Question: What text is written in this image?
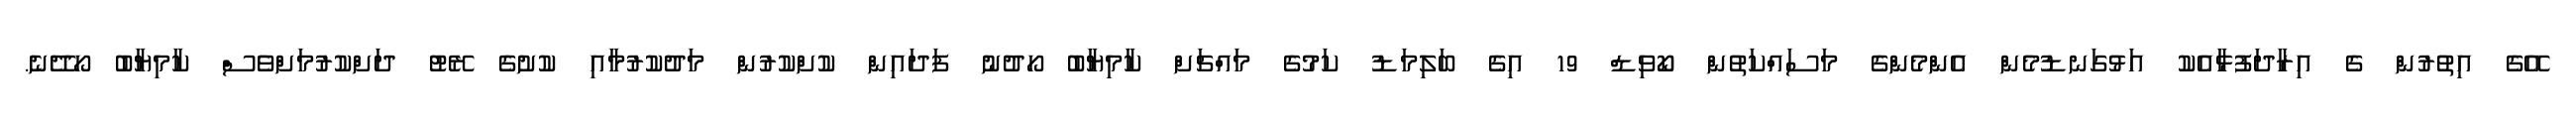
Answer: އޭގެ އިތުރުން ގެ އިރާދަފުޅާއެކު އަޅުގަނޑުމެން އެންމެންގެ މަސައްކަތުން ކޯވިޑް 19 އިގެ ބަލިމަޑު ކަމުގެ މައްޗަށް ކާމިޔާބު ހޯދުނު ފަދައިން ކުށްކުރުން މަދުކުރުމާއި ކުށުގެ ރޭޓު ދަށްކުރުމަށްވެސް ކާމިޔާބު ހޯދޭނެ.